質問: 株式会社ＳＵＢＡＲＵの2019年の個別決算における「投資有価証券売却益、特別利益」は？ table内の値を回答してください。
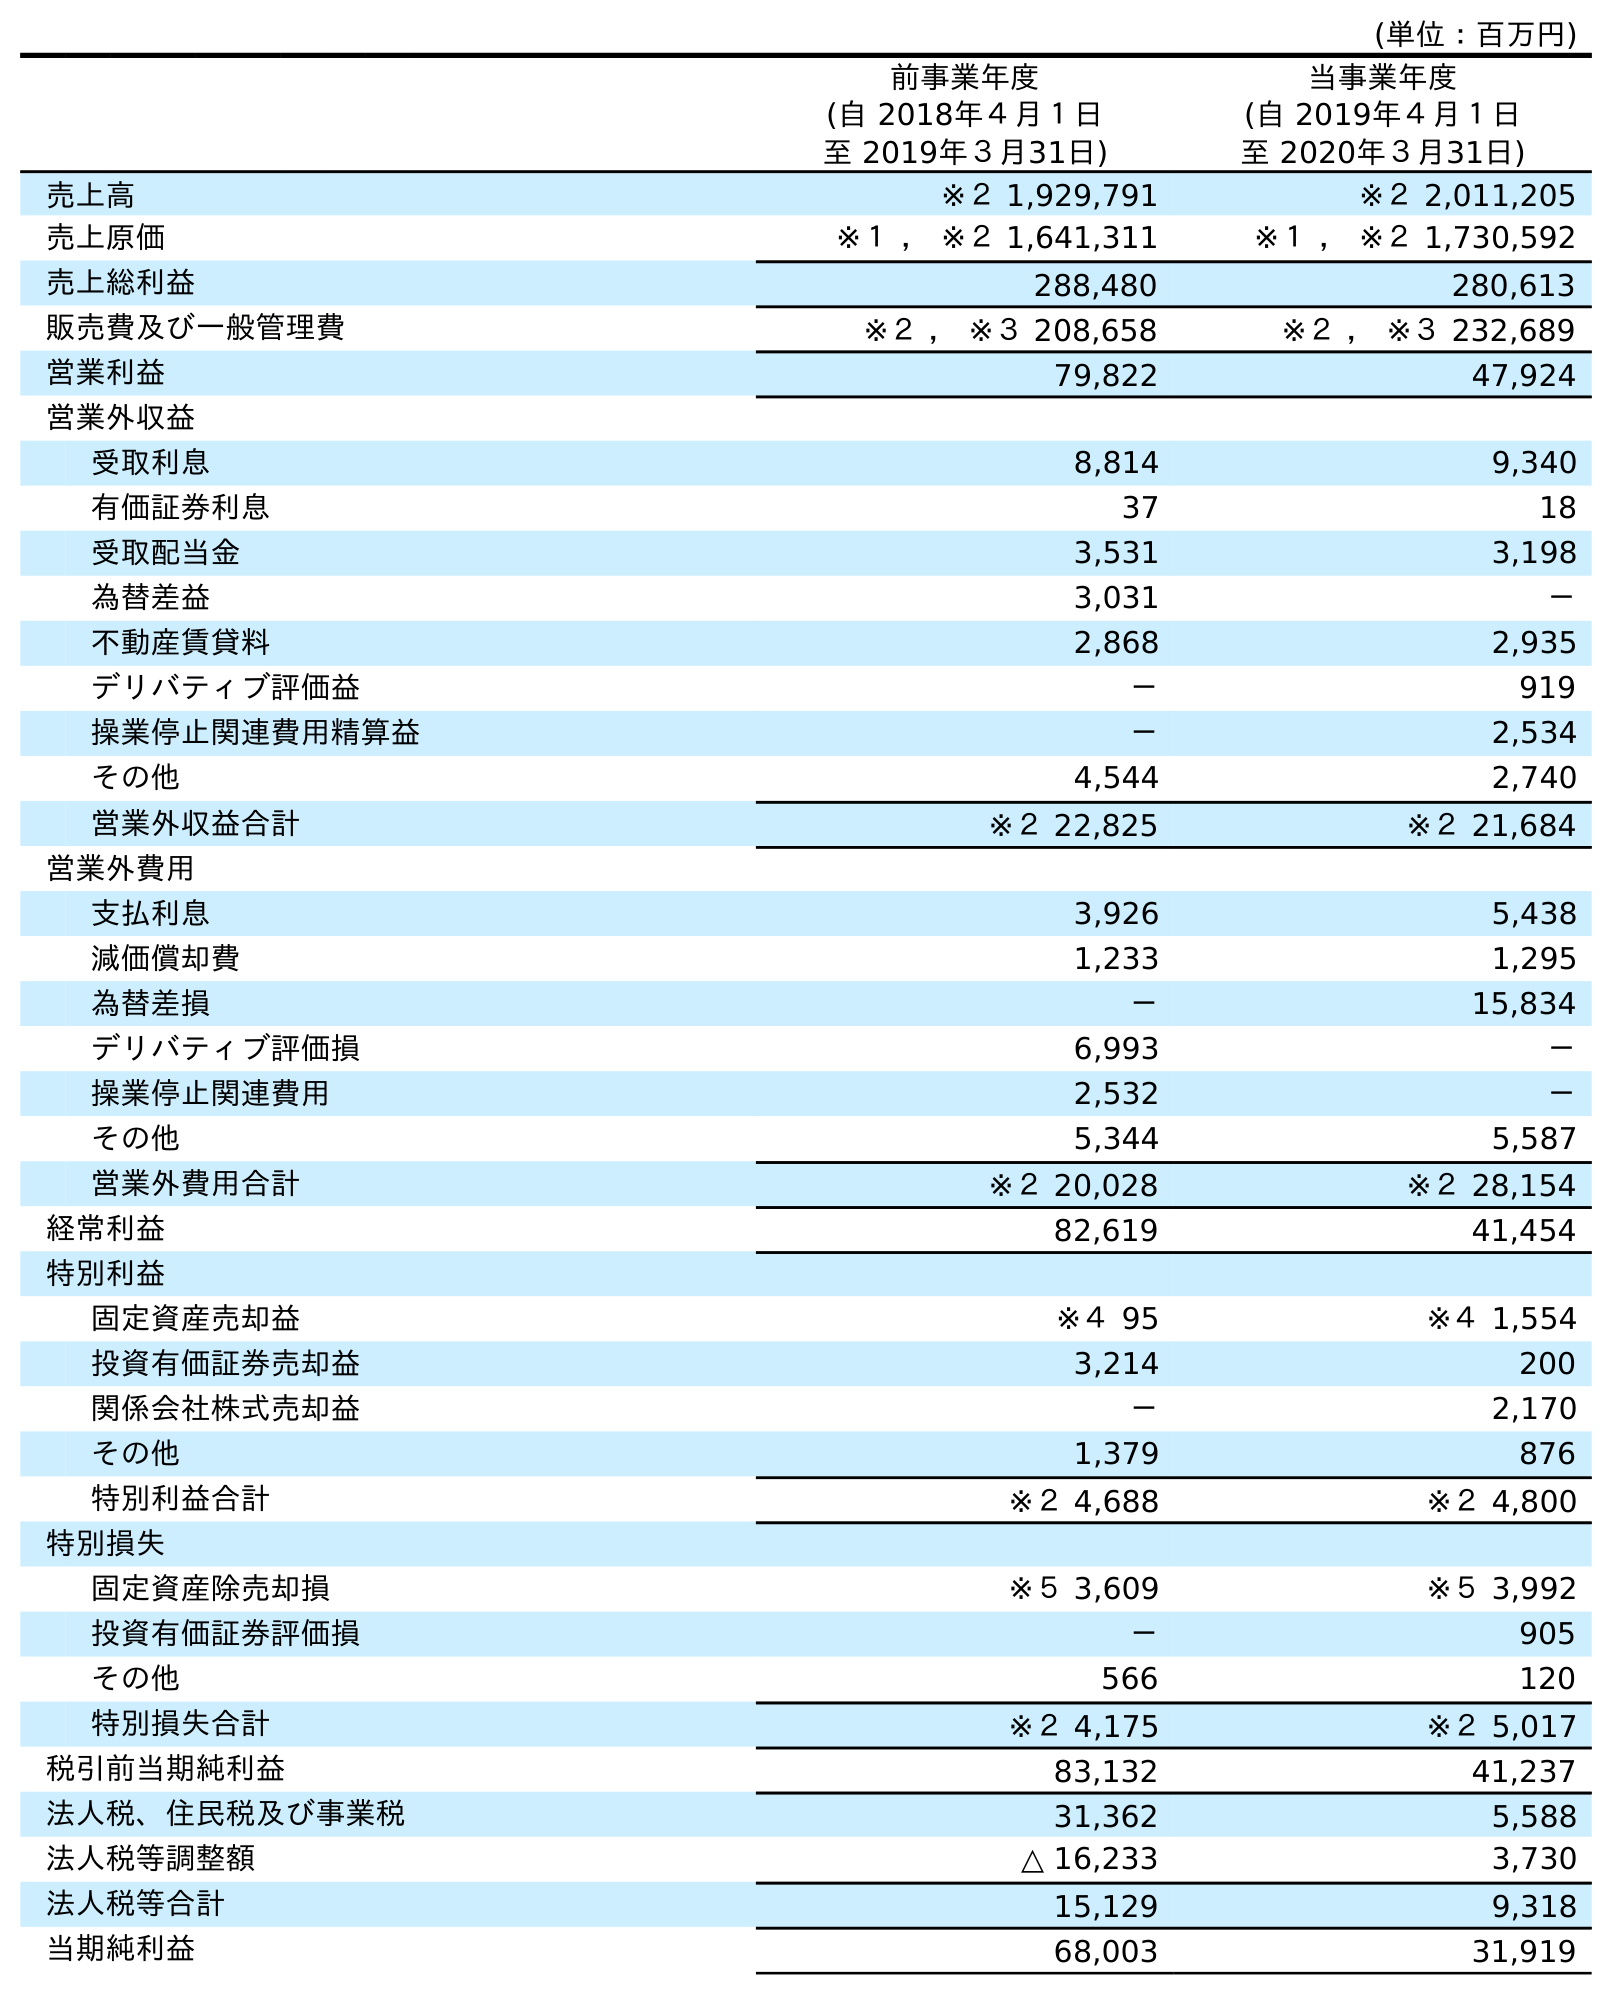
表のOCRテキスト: (単位：百万円) 前事業年度 (自 2018年４月１日 至 2019年３月31日) 当事業年度 (自 2019年４月１日 至 2020年３月31日) 売上高 ※２ 1,929,791 ※２ 2,011,205 売上原価 ※１ ， ※２ 1,641,311 ※１ ， ※２ 1,730,592 売上総利益 288,480 280,613 販売費及び一般管理費 ※２ ， ※３ 208,658 ※２ ， ※３ 232,689 営業利益 79,822 47,924 営業外収益 受取利息 8,814 9,340 有価証券利息 37 18 受取配当金 3,531 3,198 為替差益 3,031 － 不動産賃貸料 2,868 2,935 デリバティブ評価益 － 919 操業停止関連費用精算益 － 2,534 その他 4,544 2,740 営業外収益合計 ※２ 22,825 ※２ 21,684 営業外費用 支払利息 3,926 5,438 減価償却費 1,233 1,295 為替差損 － 15,834 デリバティブ評価損 6,993 － 操業停止関連費用 2,532 － その他 5,344 5,587 営業外費用合計 ※２ 20,028 ※２ 28,154 経常利益 82,619 41,454 特別利益 固定資産売却益 ※４ 95 ※４ 1,554 投資有価証券売却益 3,214 200 関係会社株式売却益 － 2,170 その他 1,379 876 特別利益合計 ※２ 4,688 ※２ 4,800 特別損失 固定資産除売却損 ※５ 3,609 ※５ 3,992 投資有価証券評価損 － 905 その他 566 120 特別損失合計 ※２ 4,175 ※２ 5,017 税引前当期純利益 83,132 41,237 法人税、住民税及び事業税 31,362 5,588 法人税等調整額 △ 16,233 3,730 法人税等合計 15,129 9,318 当期純利益 68,003 31,919
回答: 3,214